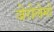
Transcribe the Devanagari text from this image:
जेरोलेमो